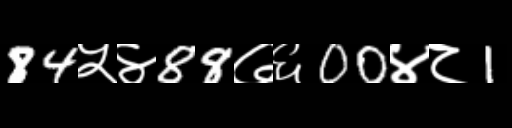
Text: 84५४88७६00४८1